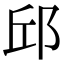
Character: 邱